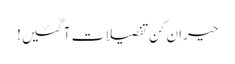
حیران کن تفصیلات آگئیں!